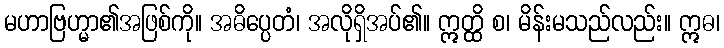
မဟာဗြဟ္မာ၏အဖြစ်ကို။ အဓိပ္ပေတံ၊ အလိုရှိအပ်၏။ ဣတ္ထိ စ၊ မိန်းမသည်လည်း။ ဣဓ၊